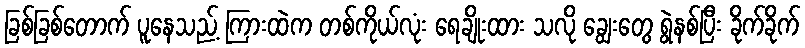
ခြစ်ခြစ်တောက် ပူနေသည့် ကြားထဲက တစ်ကိုယ်လုံး ရေချိုးထား သလို ချွေးတွေ ရွဲနစ်ပြီး ခိုက်ခိုက်